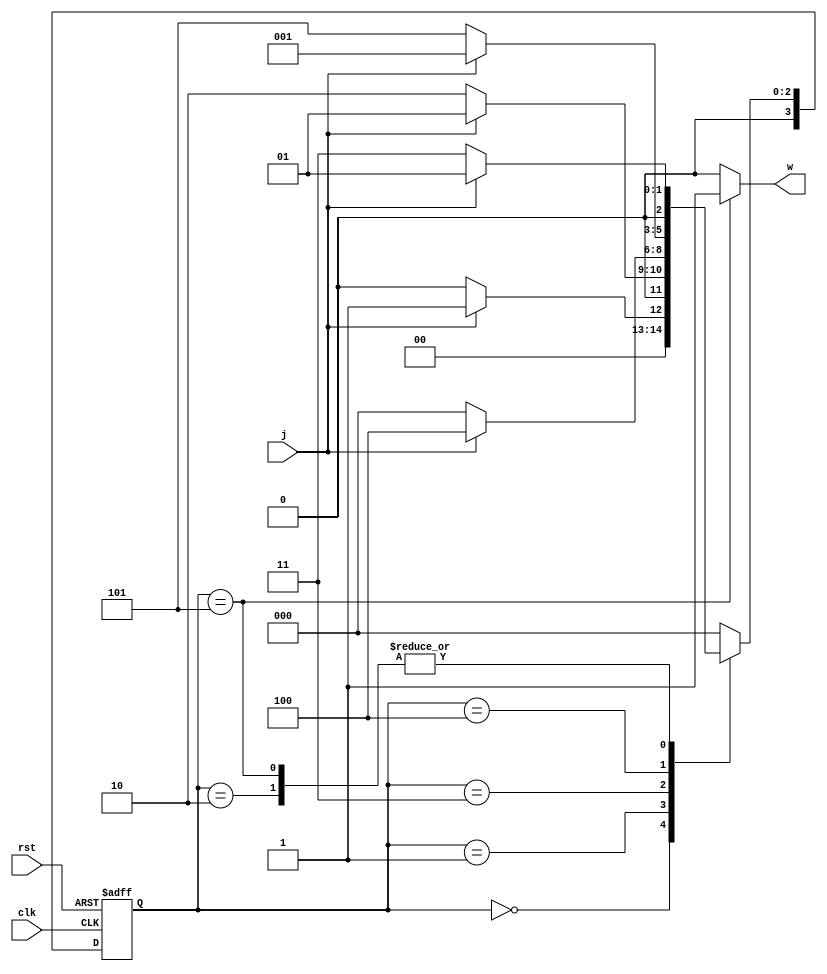
`timescale 1ns/1ns

module Moore10010 (input clk, rst, j, output w);
    reg [3:0] ns, ps;
    parameter [3: 0] A = 4'd0, B = 4'd1, C = 4'd2, D = 4'd3, E = 4'd4, F = 4'd5;

    always @(ps, j) begin
        ns = A;
        case(ps)
            A: ns = j ? B : A;
            B: ns = j ? B : C;
            C: ns = j ? B : D;
            D: ns = j ? E : A;
            E: ns = j ? B : F;
            F: ns = j ? B : D;
            default: ns = A;
        endcase
    end
    assign w = (ps == F) ? 1'b1 : 1'b0;

    always @(posedge clk, posedge rst) begin
        if(rst)
             ps <= 0;
        else
             ps <= ns;
    end
endmodule